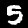
Label: 5